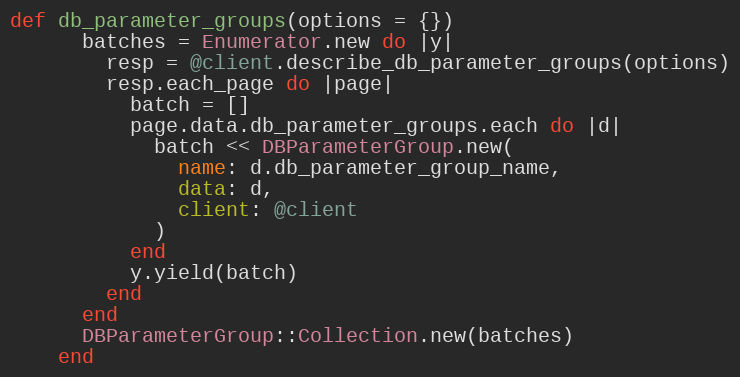
Language: Ruby
def db_parameter_groups(options = {})
      batches = Enumerator.new do |y|
        resp = @client.describe_db_parameter_groups(options)
        resp.each_page do |page|
          batch = []
          page.data.db_parameter_groups.each do |d|
            batch << DBParameterGroup.new(
              name: d.db_parameter_group_name,
              data: d,
              client: @client
            )
          end
          y.yield(batch)
        end
      end
      DBParameterGroup::Collection.new(batches)
    end